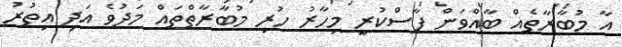
އާ މުބާރާތެއް ބާއްވަން ފާސްކުރީ މިހާރު ހުރި މުބާރާތްތައް މަދުވެ އަދި އިތުރު